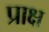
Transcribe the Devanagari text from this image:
प्राक्ष